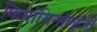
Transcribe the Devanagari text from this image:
फिनॉमिनॉलॉजी